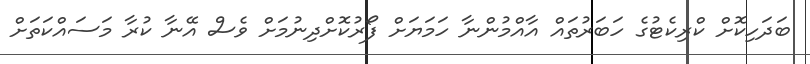
ބަދަހިކޮށް ކްރިކެޓުގެ ހަބަރުތައް އާއްމުންނާ ހަމަޔަށް ފޯރުކޮށްދިނުމަށް ވެސް އޭނާ ކުރާ މަސައްކަތަށް